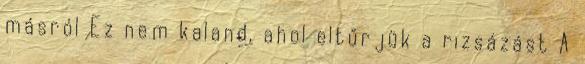
másról Ez nem kaland, ahol eltűrjük a rizsázást A